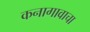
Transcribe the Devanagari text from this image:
कनागावाचा